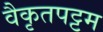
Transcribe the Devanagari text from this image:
वैकृतपट्टम